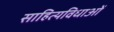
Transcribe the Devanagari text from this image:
साहित्यविधाओं